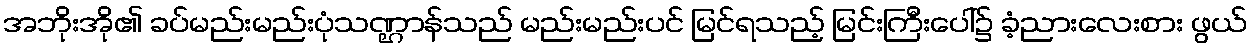
အဘိုးအို၏ ခပ်မည်းမည်းပုံသဏ္ဌာန်သည် မည်းမည်းပင် မြင်ရသည့် မြင်းကြီးပေါ်၌ ခံ့ညားလေးစား ဖွယ်